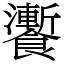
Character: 𩟗